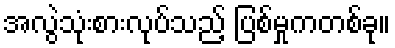
အလွဲသုံးစားလုပ်သည့် ပြစ်မှုကတစ်ခု။